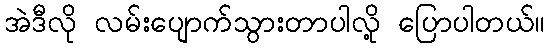
အဲဒီလို လမ်းပျောက်သွားတာပါလို့ ပြောပါတယ်။